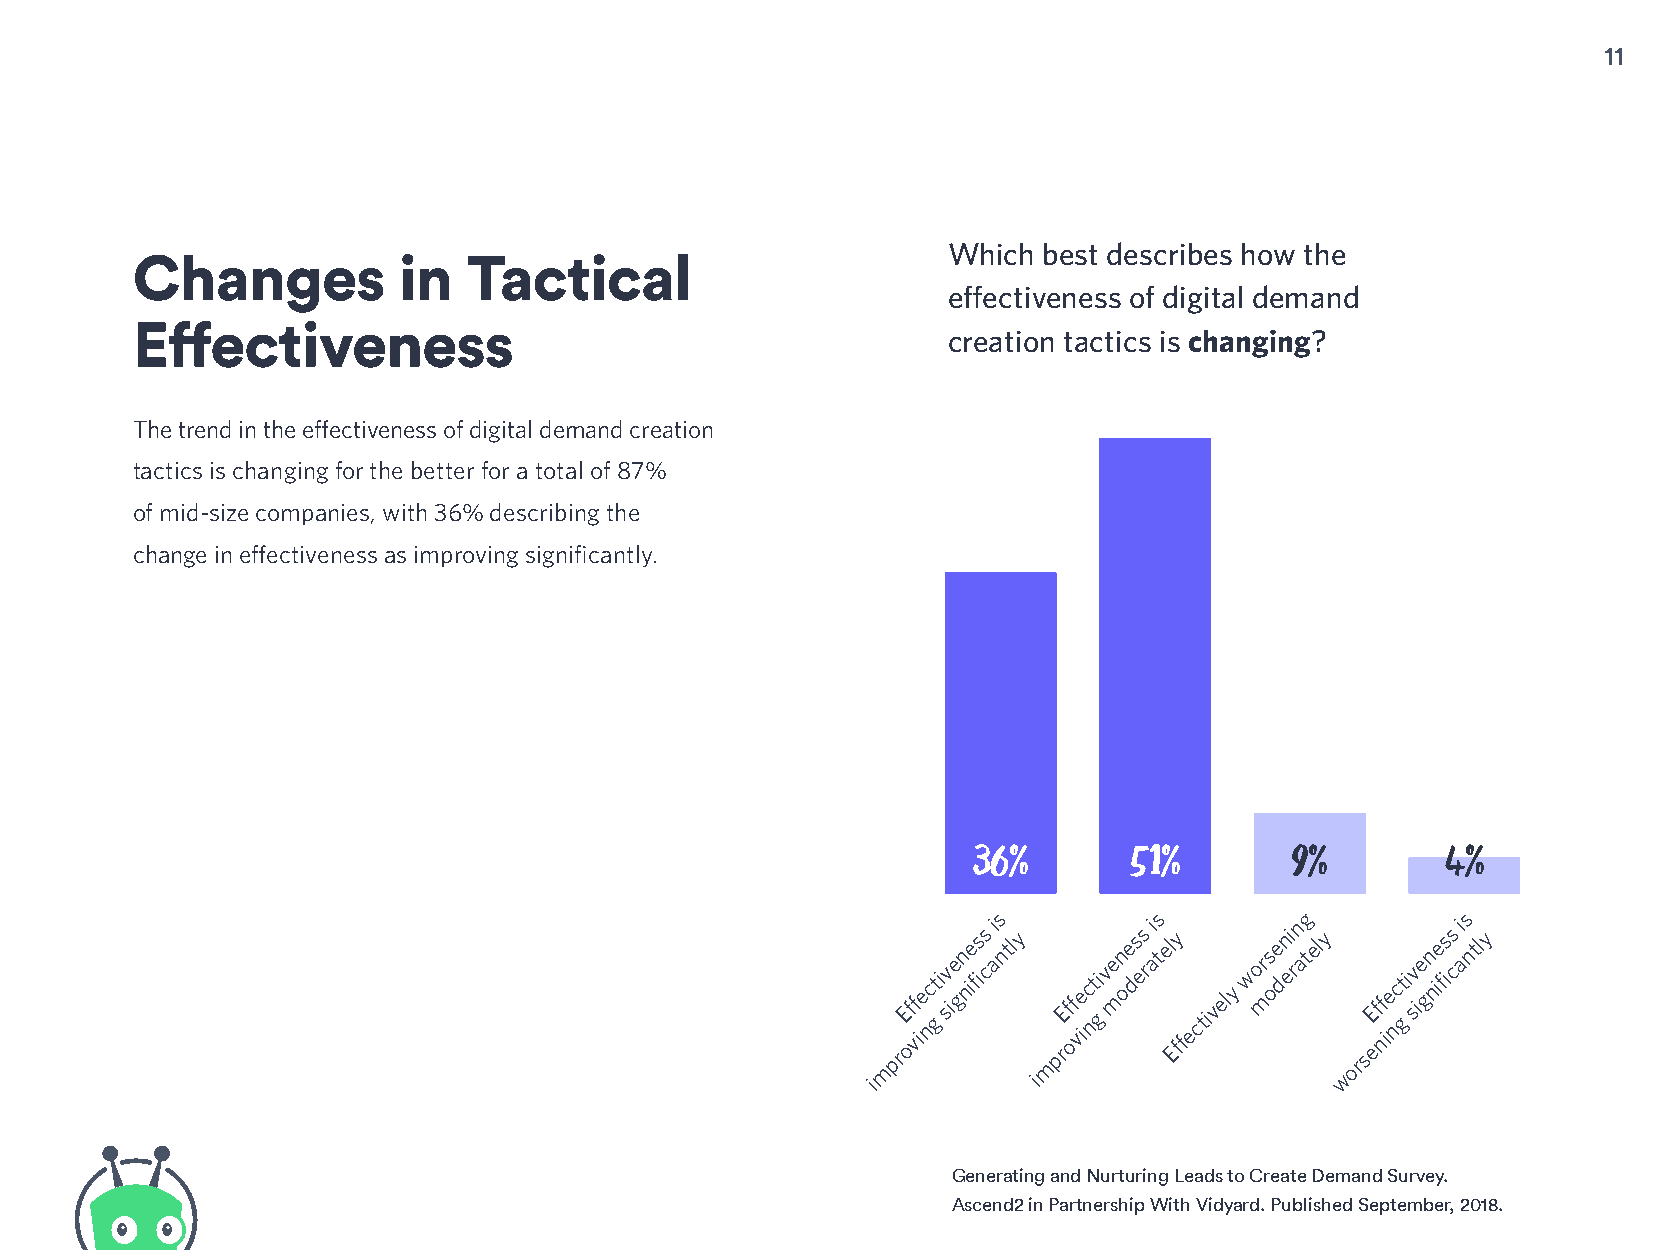
11
 Which best describes how the
 Changes          in   Tactical
 effectiveness of digital demand
 Effectiveness
 creation tactics is changing?
 60
 The trend in the effectiveness of digital demand creation
 50
 tactics is changing for the better for a total of 87%
 of mid-size companies, with 36% describing the
 40
 change in effectiveness as improving significantly.
 30
 20
 10
 36%        51%       9%         4%
 0
 s         s         g          s
 mprE
 ovff
 ie nc gt i
 sv ie
 gn
 nie fiss
 c
 i
 antly
 mprE
 off
 viec nt gi
 ve
 mn
 oe ds es
 r
 i
 atel Ey
 ffectively
 wo
 mrs
 oe dn ei
 rn
 ately
 orsE
 enff
 ie nc gt i
 sv ie
 gn
 nie fiss
 c
 i
 antly
 i          i                    w
 Generating and Nurturing Leads to Create Demand Survey.
 Ascend2 in Partnership With Vidyard. Published September, 2018.